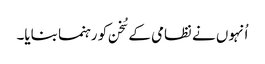
اُنہوں نے نظامی کے سُخن کو رہنما بنایا۔